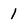
Character: 1